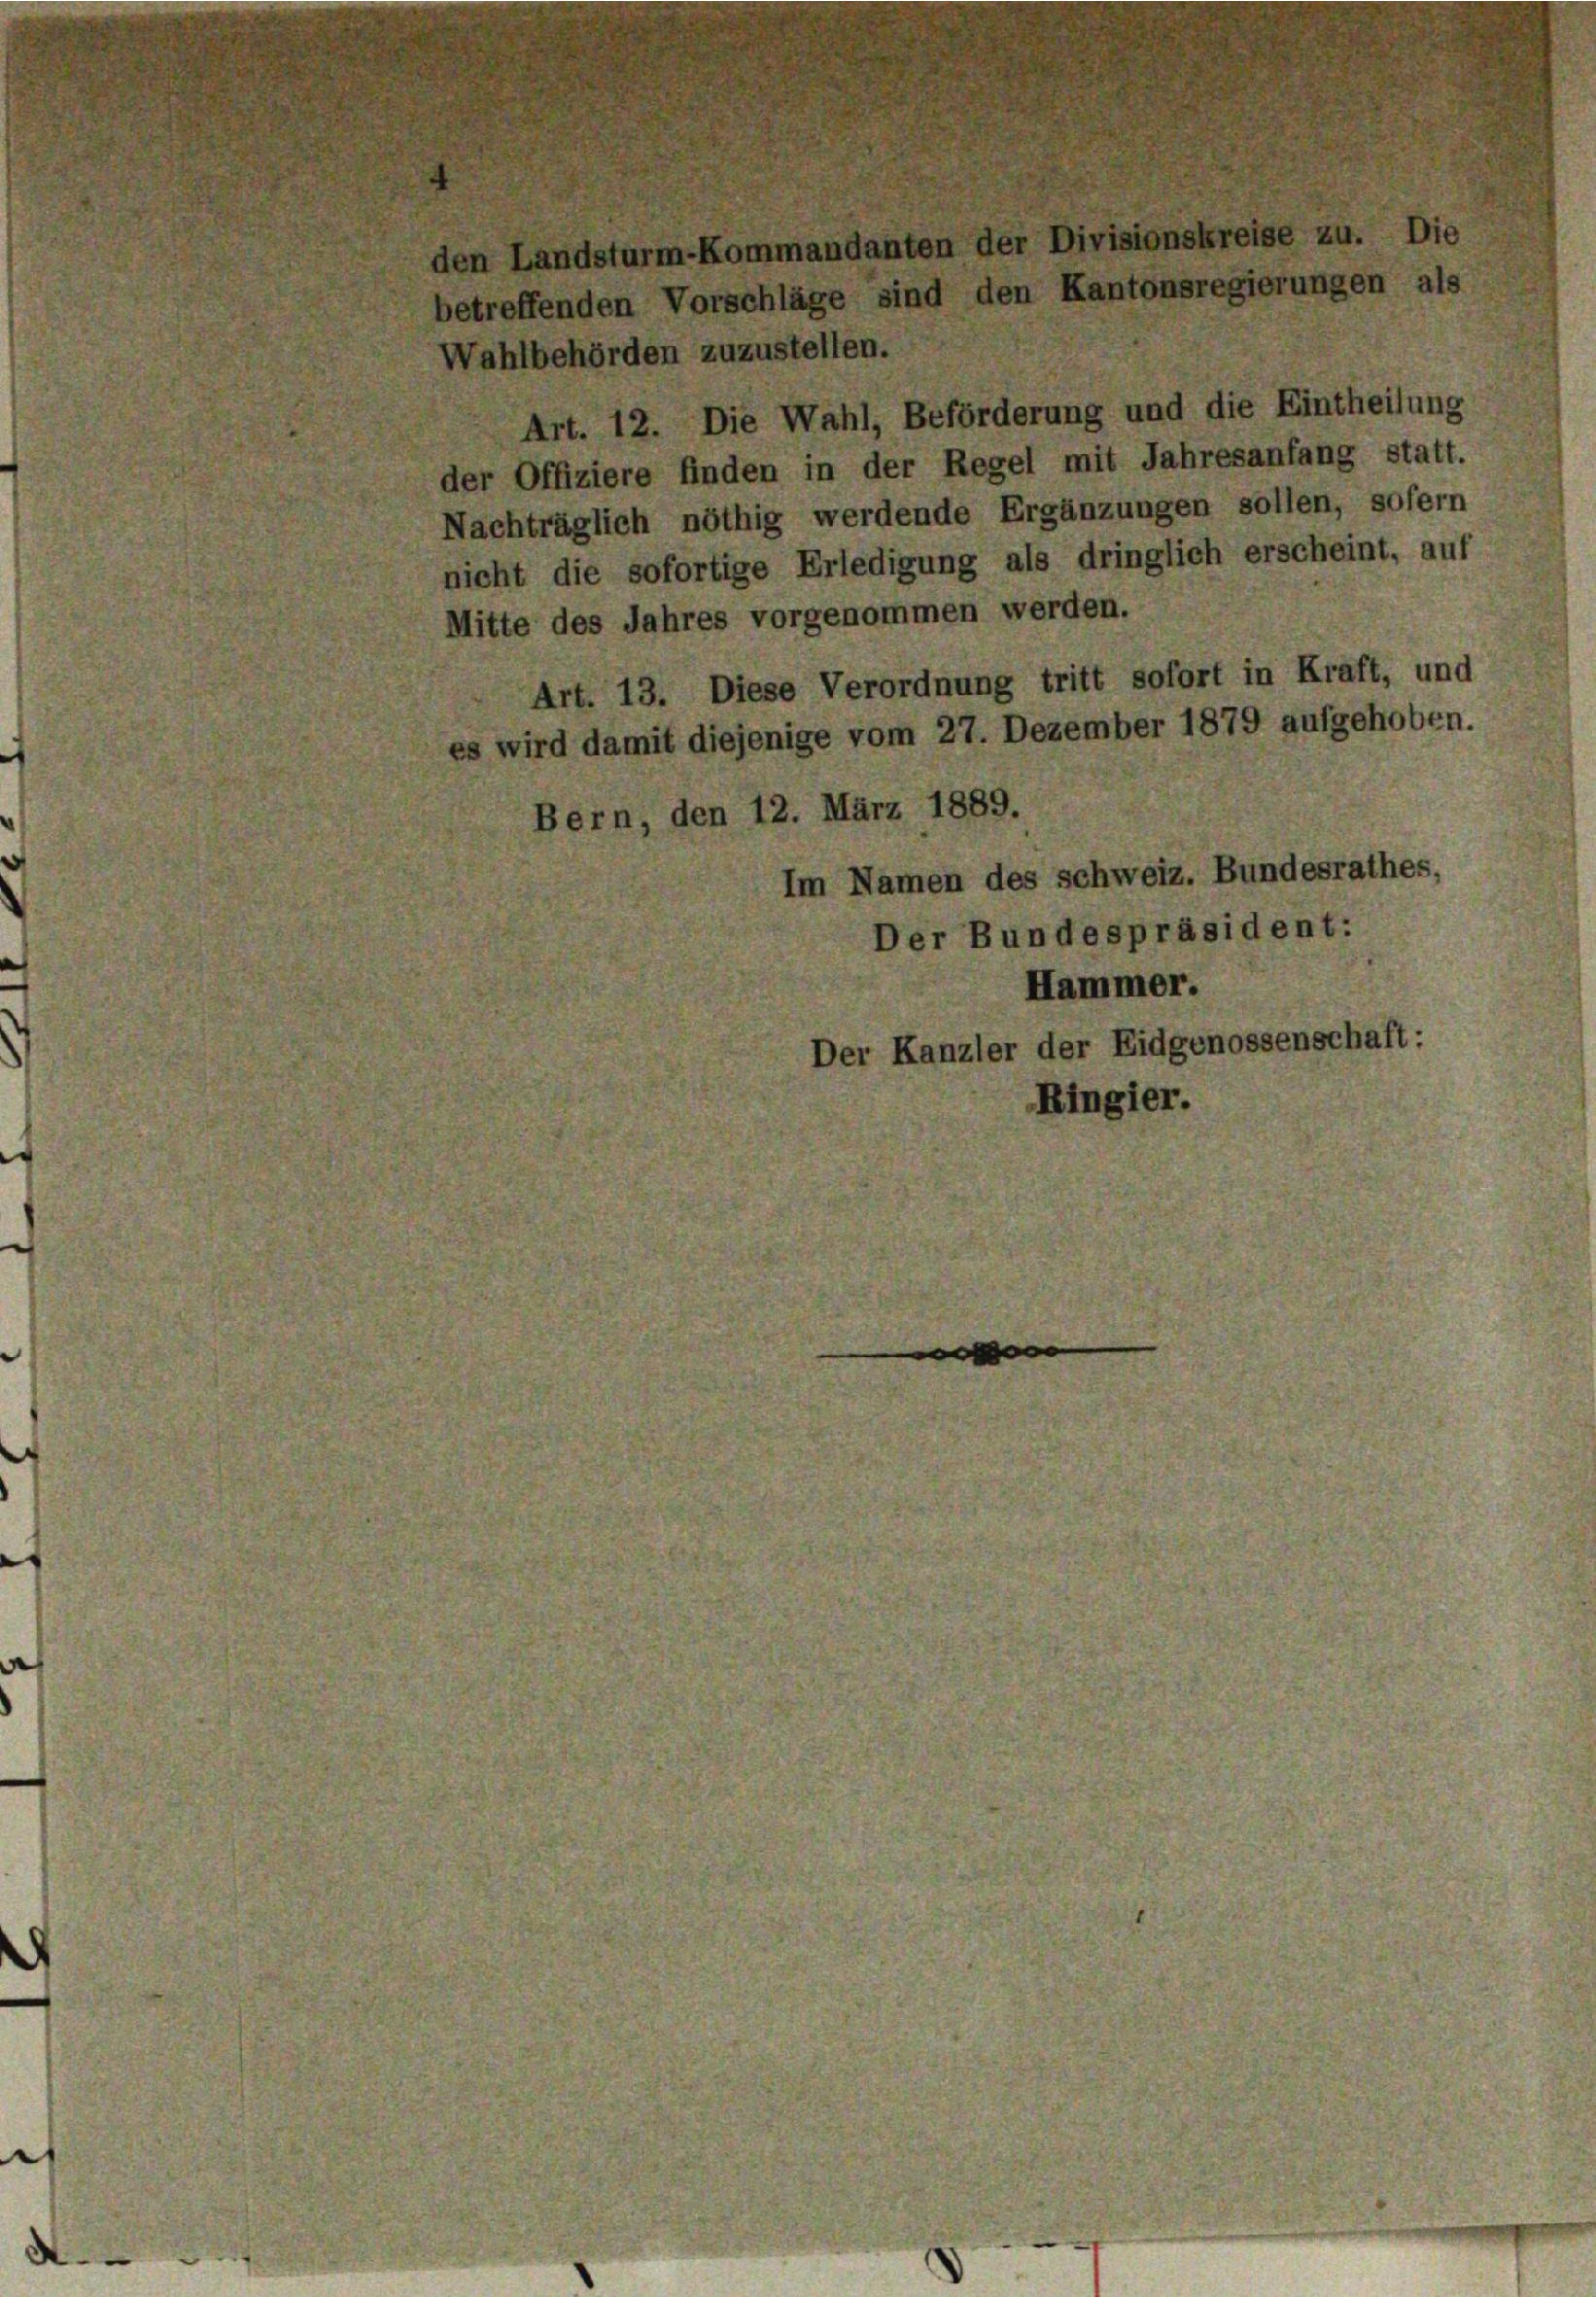
d

Art. 12. Die Wahl, Beförderung und die Eintheilung
der Offiziere finden in der Regel mit Jahresanfang statt.
Nachträglich nöthig werdende Ergänzungen sollen, sofern
nicht die sofortige Erledigung als dringlich erscheint, auf
Mitte des Jahres vorgenommen werden.
Art. 13. Diese Verordnung tritt sofort in Kraft, und
s wird damit diejenige vom 27. Dezember 1879 aufgehoben.
Bern, den 12. März 1889.
Im Namen des schweiz. Bundesrathes,
Der Bundespräsident:
Hammer.
Der Kanzler der Eidgenossenschaft:
Ringier.

den Landsturm-Kommandanten der Divisionskreise zu. Die
betreffenden Vorschläge sind den Kantonsregierungen als
Wahlbehörden zuzustellen.